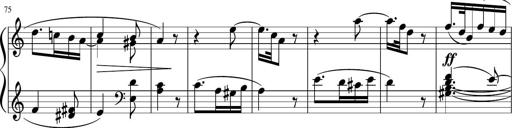
Title: 4 Sonatinas
Composer: Jacob Schmitt